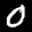
Label: 0